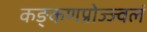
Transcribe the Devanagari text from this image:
कङ्कणप्रोज्ज्वलं